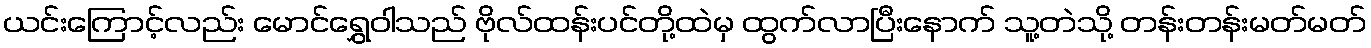
ယင်းကြောင့်လည်း မောင်ရွှေဝါသည် ဗိုလ်ထန်းပင်တို့ထဲမှ ထွက်လာပြီးနောက် သူ့တဲသို့ တန်းတန်းမတ်မတ်